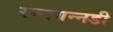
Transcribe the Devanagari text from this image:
रन्नगन्नडी